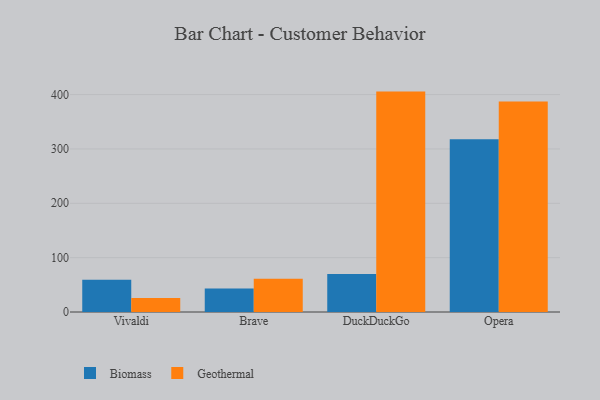
{"axis": {"x": "Browser", "y": "Bounce Rate (%)"}, "legend": ["Biomass", "Geothermal"], "data": [{"x": "Vivaldi", "y": 59.3, "type": "Biomass"}, {"x": "Vivaldi", "y": 25.6, "type": "Geothermal"}, {"x": "Brave", "y": 43.2, "type": "Biomass"}, {"x": "Brave", "y": 61.1, "type": "Geothermal"}, {"x": "DuckDuckGo", "y": 69.9, "type": "Biomass"}, {"x": "DuckDuckGo", "y": 405.5, "type": "Geothermal"}, {"x": "Opera", "y": 317.7, "type": "Biomass"}, {"x": "Opera", "y": 387.3, "type": "Geothermal"}]}